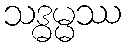
သဒ္ဓမ္မဿ